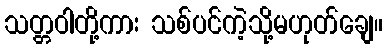
သတ္တဝါတို့ကား သစ်ပင်ကဲ့သို့မဟုတ်ချေ။